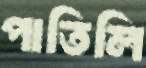
পাতিলি